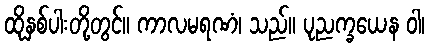
ထိုနှစ်ပါးတို့တွင်။ ကာလမရဏံ၊ သည်။ ပုညက္ခယေန ဝါ၊